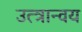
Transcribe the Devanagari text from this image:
उत्त्रान्वय